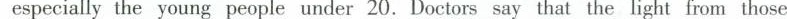
especially the young people under 20. Doctors say that the light from thos